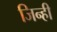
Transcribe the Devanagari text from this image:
जिन्ही